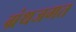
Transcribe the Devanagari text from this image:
ग्रंथजगत